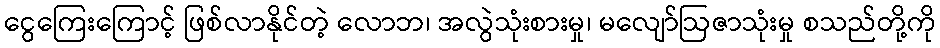
ငွေကြေးကြောင့် ဖြစ်လာနိုင်တဲ့ လောဘ၊ အလွဲသုံးစားမှု၊ မလျော်ဩဇာသုံးမှု စသည်တို့ကို